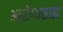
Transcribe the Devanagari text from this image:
आरोग्यसाह्य